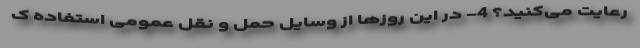
رعایت می‌کنید؟ 4- در این روزها از وسایل حمل و نقل عمومی استفاده ک